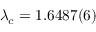
\lambda _ { c } = 1 . 6 4 8 7 ( 6 )